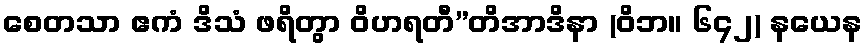
စေတသာ ဧကံ ဒိသံ ဖရိတွာ ဝိဟရတီ”တိအာဒိနာ (ဝိဘ။ ၆၄၂) နယေန